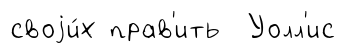
своjи́х прав'ить Уолл'ис